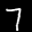
Label: 7